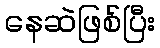
နေဆဲဖြစ်ပြီး